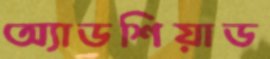
অ্যাডশিয়াড